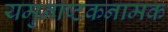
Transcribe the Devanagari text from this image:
यमुनाष्टकनामक